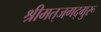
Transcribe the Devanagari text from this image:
श्रीमत्‌जगद्गुरू